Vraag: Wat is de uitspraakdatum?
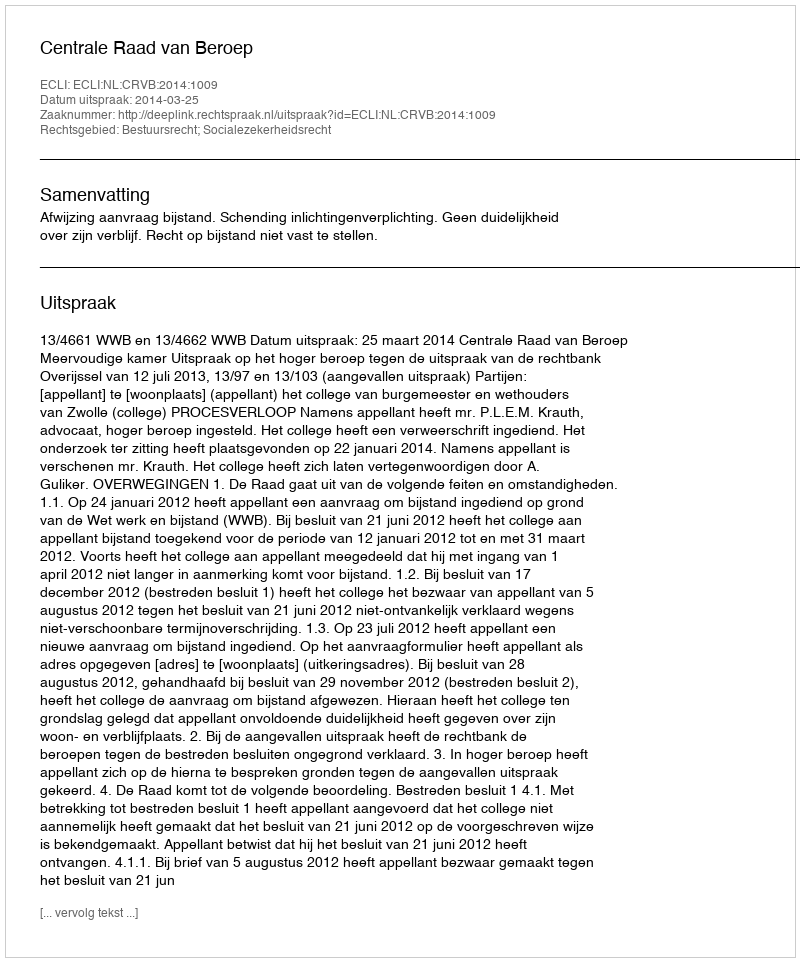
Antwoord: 2014-03-25